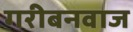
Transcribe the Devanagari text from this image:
गरीबनवाज